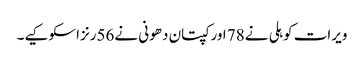
ویرات کوہلی نے78 اورکپتان دھونی نے56رنزاسکوکیے۔